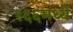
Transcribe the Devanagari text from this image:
१६६मध्ये